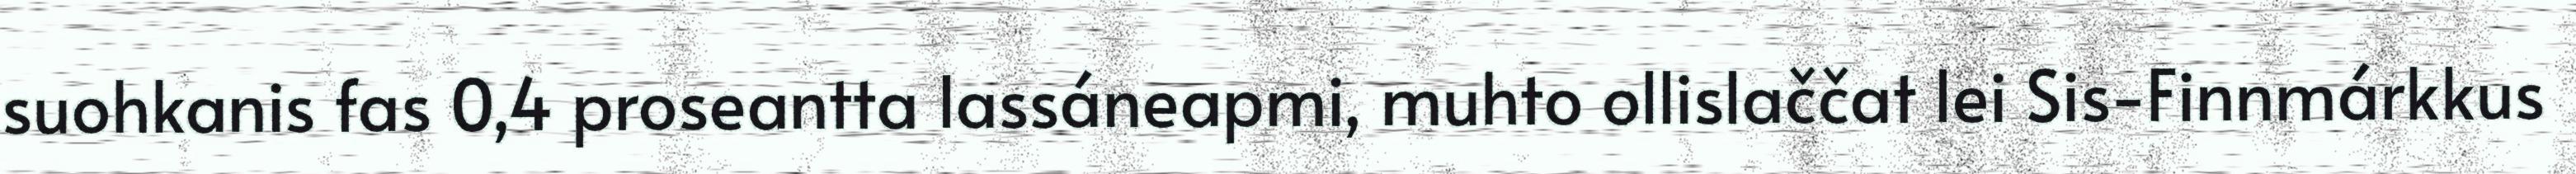
suohkanis fas 0,4 proseantta lassáneapmi, muhto ollislaččat lei Sis-Finnmárkkus